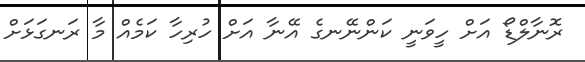
ރޮނާލްޑޯ އަށް ހީވަނީ ކަންނޭނގެ އޭނާ އަށް ހުރިހާ ކަމެއް މާ ރަނގަޅަށް